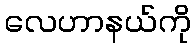
လေဟာနယ်ကို